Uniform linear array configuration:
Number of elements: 4
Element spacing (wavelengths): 1
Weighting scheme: hamming
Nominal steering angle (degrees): -15
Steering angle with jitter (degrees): -16.322
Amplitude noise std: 0.05
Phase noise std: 0.05

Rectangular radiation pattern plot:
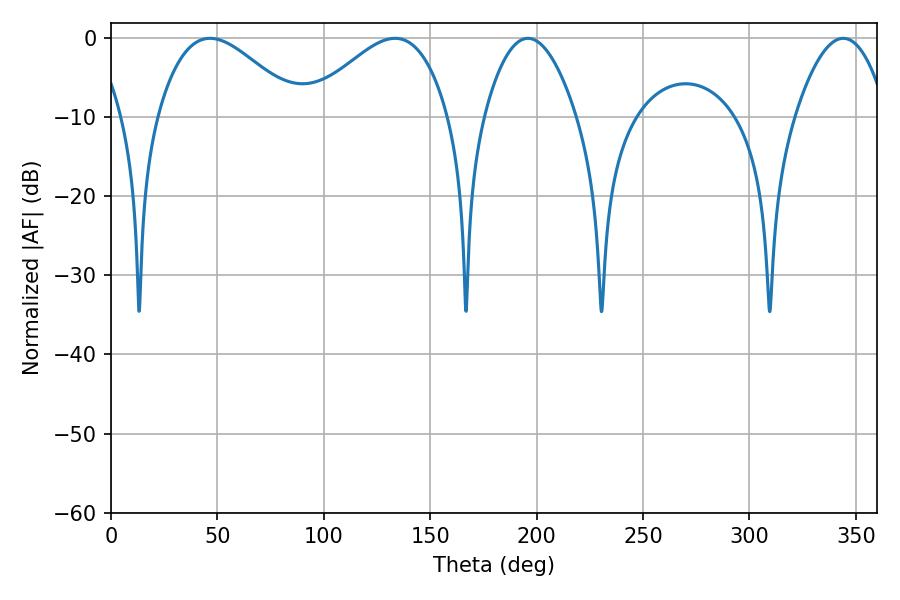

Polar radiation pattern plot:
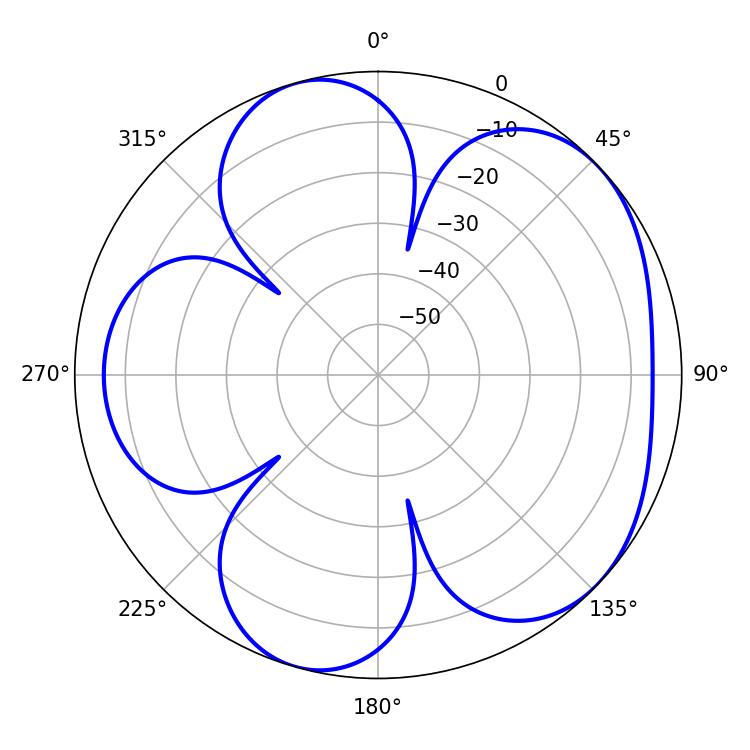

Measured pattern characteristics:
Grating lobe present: TRUE
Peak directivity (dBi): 5.045
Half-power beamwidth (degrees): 35.82
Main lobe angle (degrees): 46.44